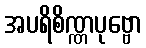
အပရိစိဏ္ဏပုဗ္ဗော